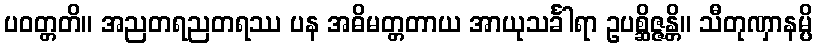
ပဝတ္တတိ။ အညတရညတရဿ ပန အဓိမတ္တတာယ အာယုသင်္ခါရာ ဥပစ္ဆိဇ္ဇန္တိ။ သီတုဏှာနမ္ပိ